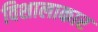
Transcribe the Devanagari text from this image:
विशालाकार